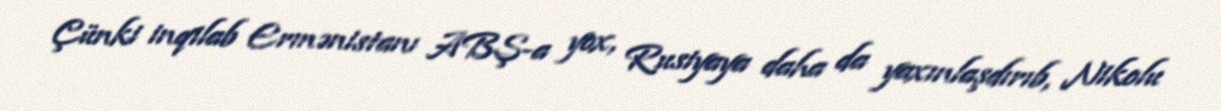
Çünki inqilab Ermənistanı ABŞ-a yox, Rusiyaya daha da yaxınlaşdırıb, Nikolu